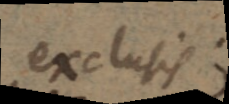
exclusis